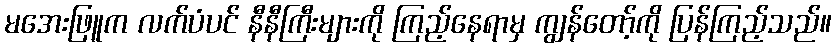
မအေးဖြူက လက်ပံပင် နီနီကြီးများကို ကြည့်နေရာမှ ကျွန်တော့်ကို ပြန်ကြည့်သည်။